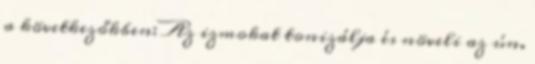
a következőkben: Az izmokat tonizálja és növeli az ún.